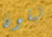
تبقون